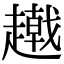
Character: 𧾂